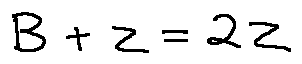
B + z = 2 z